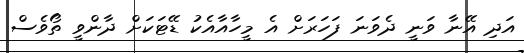
އަދި އޭނާ ވަނީ ދެވަނަ ފަހަރަށް އެ މީހާއާއެކު ޑޭޓަކަށް ދާންވީ ތޯވެސް